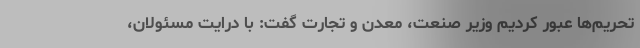
تحریم‌ها عبور کردیم وزیر صنعت، معدن و تجارت گفت: با درایت مسئولان،